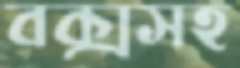
বক্সসহ